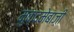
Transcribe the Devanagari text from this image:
मुक़दमेबाज़ी